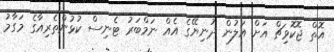
އޮތް ޖޮކޮވިޗް އަށް އަލުން ދުނިޔޭގެ އެއް ނަމްބަރު ޓެނިސް ކުޅުންތެރިއާގެ މަގާމު